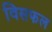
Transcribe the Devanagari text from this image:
विसफल